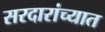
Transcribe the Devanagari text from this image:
सरदारांच्यात